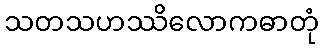
သတသဟဿိလောကဓာတုံ